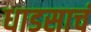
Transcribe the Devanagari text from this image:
धाडसाचं